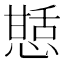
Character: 𭞍